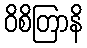
ဝိစိတြာနိ